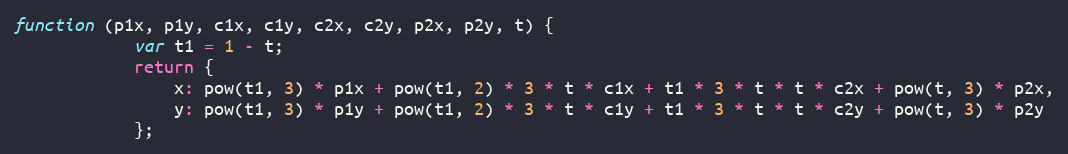
Language: JavaScript
function (p1x, p1y, c1x, c1y, c2x, c2y, p2x, p2y, t) {
            var t1 = 1 - t;
            return {
                x: pow(t1, 3) * p1x + pow(t1, 2) * 3 * t * c1x + t1 * 3 * t * t * c2x + pow(t, 3) * p2x,
                y: pow(t1, 3) * p1y + pow(t1, 2) * 3 * t * c1y + t1 * 3 * t * t * c2y + pow(t, 3) * p2y
            };